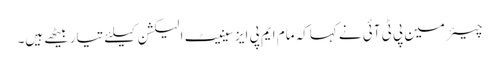
چیئرمین پی ٹی آئی نے کہاکہ مام ایم پی ایز سینیٹ الیکشن کیلئے تیاربیٹھے ہیں۔